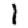
Digit: 1